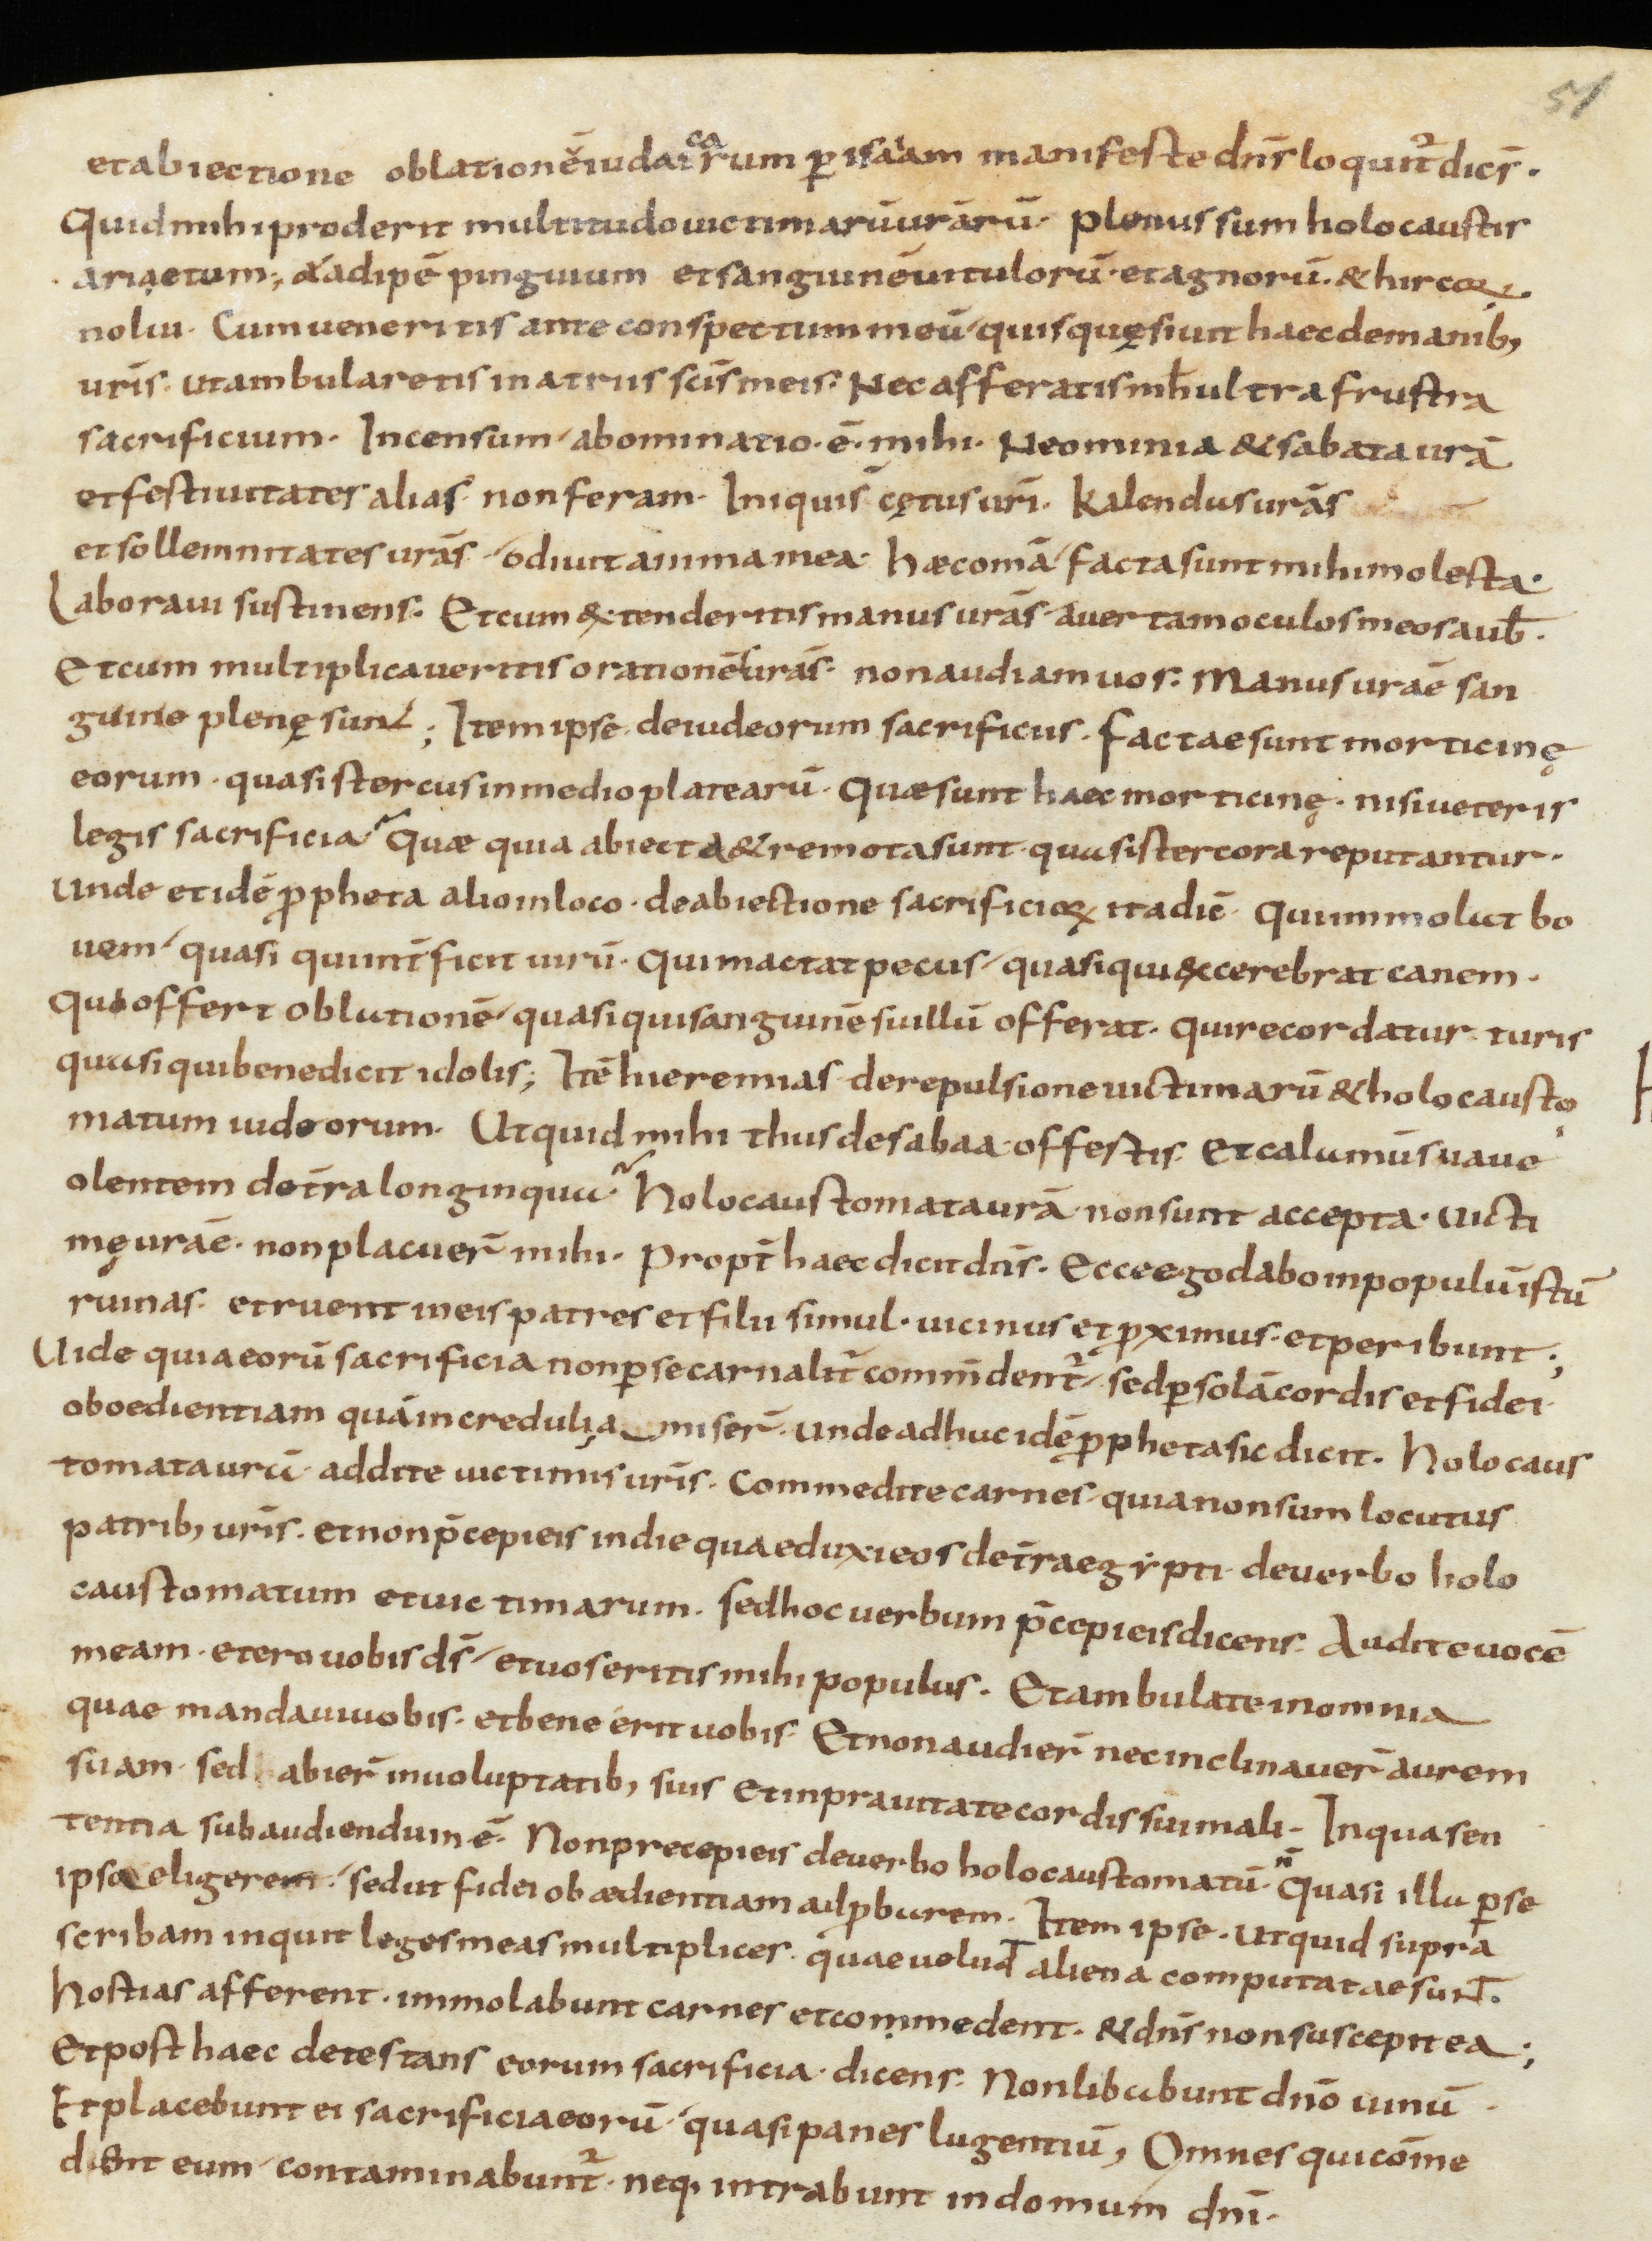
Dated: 800–999